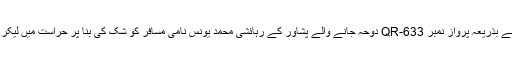
آٹھویں کاروائی کے دوران اے این ایف راولپنڈی نے نیو اسلام آباد انٹرنیشنل ایئرپورٹ اسلام آباد سے بذریعہ پرواز نمبر QR-633 دوحہ جانے والے پشاور کے رہائشی محمد یونس نامی مسافر کو شک کی بنا پر حراست میں لیکر پوچھ گچھ کی تو مسافر نے اپنے پیٹ میں منشیات بھرے کیپسولوں کی موجودگی کا اعتراف کیا۔